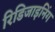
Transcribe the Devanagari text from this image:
रिडिजाइनिंग